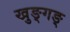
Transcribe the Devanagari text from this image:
खुङ्गङ्